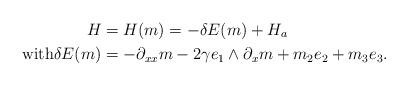
LaTeX: \begin{align*} H &= H(m) = -\delta E(m) + H_a\\ \textrm{with} \delta E(m)&= -\partial_{xx} m - 2 \gamma e_1 \wedge \partial_x m +m_2 e_2+m_3 e_3.\end{align*}